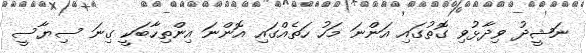
ނަޝީދު ވިދާޅުވި ގޮތުގައި އަންނަ މަހު ހަތެއްގައި އޮންނަ އިންތިހާބަކީ ގިނަ ސިޔާސީ